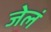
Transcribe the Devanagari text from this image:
जेलं